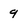
Character: 9